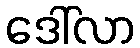
ဒေါ်လာ